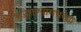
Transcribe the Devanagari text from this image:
राजेराण्यांमधल्या